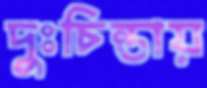
দুঃচিন্তায়